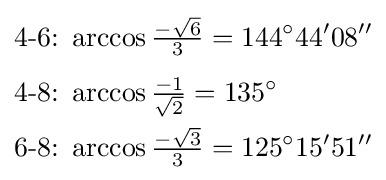
{\begin{aligned}{\text{4-6:}}&\ \arccos {\tfrac {-{\sqrt {6}}}{3}}=144^{\circ }44'08''\\[4pt]{\text{4-8:}}&\ \arccos {\tfrac {-1}{\sqrt {2}}}=135^{\circ }\\{\text{6-8:}}&\ \arccos {\tfrac {-{\sqrt {3}}}{3}}=125^{\circ }15'51''\end{aligned}}